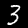
Digit: 3